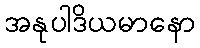
အနုပါဒိယမာနော